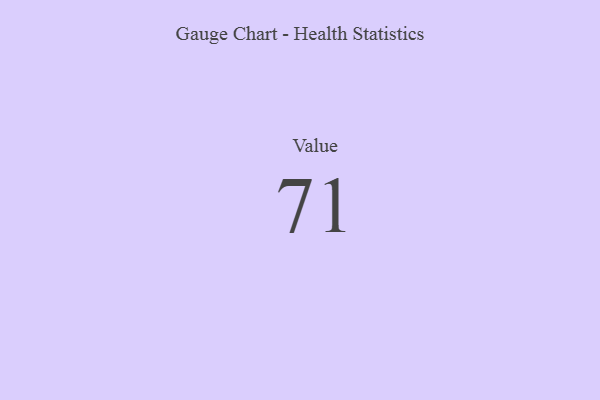
{"axis": {"x": "Metric", "y": "Value"}, "legend": [""], "data": [{"x": "Value", "y": 71, "type": ""}]}